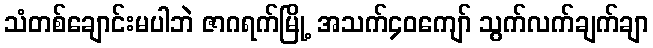
သံတစ်ချောင်းမပါဘဲ ဇာဂရက်မြို့ အသက်၄၀ကျော် သွက်လက်ချက်ချာ